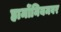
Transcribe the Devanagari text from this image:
हार्मोनियमवर